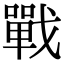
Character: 戰